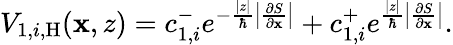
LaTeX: \begin{array}{r}{V_{1,i,\mathrm{H}}(\mathbf{x},z)=c_{1,i}^{-}e^{-\frac{|z|}{\hbar}\left|\frac{\partial S}{\partial\mathbf{x}}\right|}+c_{1,i}^{+}e^{\frac{|z|}{\hbar}\left|\frac{\partial S}{\partial\mathbf{x}}\right|}.}\end{array}